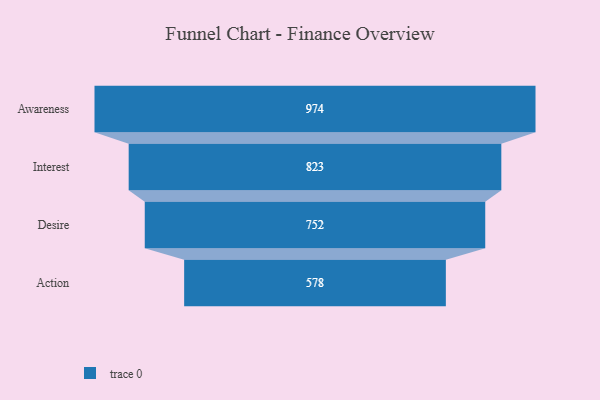
{"axis": {"x": "Stage", "y": "Value"}, "legend": [""], "data": [{"x": "Awareness", "y": 974.0, "type": ""}, {"x": "Interest", "y": 823.0, "type": ""}, {"x": "Desire", "y": 752.0, "type": ""}, {"x": "Action", "y": 578.0, "type": ""}]}